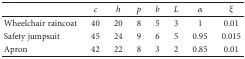
<table><thead><tr><td></td><td><b><i>c</i></b></td><td><b><i>h</i></b></td><td><b><i>p</i></b></td><td><b><i>b</i></b></td><td><b><i>L</i></b></td><td><b><i>α</i></b></td><td><b><i>ξ</i></b></td></tr></thead><tbody><tr><td>Wheelchair raincoat</td><td>40</td><td>20</td><td>8</td><td>5</td><td>3</td><td>1</td><td>0.01</td></tr><tr><td>Safety jumpsuit</td><td>45</td><td>24</td><td>9</td><td>6</td><td>5</td><td>0.95</td><td>0.015</td></tr><tr><td>Apron</td><td>42</td><td>22</td><td>8</td><td>3</td><td>2</td><td>0.85</td><td>0.01</td></tr></tbody></table>